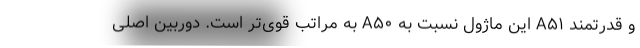
و قدرتمند A۵۱ این ماژول نسبت به A۵۰ به مراتب قوی‌تر است. دوربین اصلی